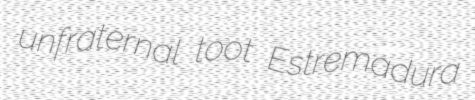
unfraternal toot Estremadura